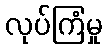
လုပ်ကြံမှု